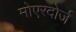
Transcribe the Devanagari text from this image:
मोएरदोर्ज